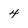
Character: 4